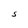
Character: s